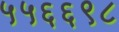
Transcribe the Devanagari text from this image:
५५६६९८